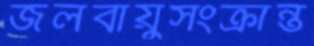
জলবায়ুসংক্রান্ত